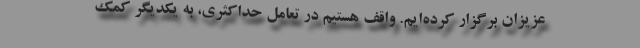
عزیزان برگزار کرده‌ایم. واقف هستیم در تعامل حداکثری، به یکدیگر کمک